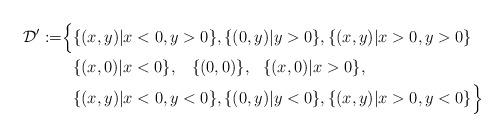
LaTeX: \begin{align*}\mathcal D':= & \Bigl \{\{(x,y) | x <0, y>0\}, \{(0,y) | y>0\}, \{(x,y) | x >0, y>0\} \\& \, \, \, \, \{(x,0) | x <0\}, \, \, \, \, \, \{(0,0)\}, \, \, \, \, \{(x,0) | x >0\}, \\& \, \, \, \, \{(x,y) | x <0, y<0\}, \{(0,y) | y<0\}, \{(x,y) | x >0, y<0\} \Bigr \} \end{align*}